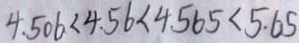
4 . 5 0 6 < 4 . 5 6 < 4 . 5 6 5 < 5 . 6 5